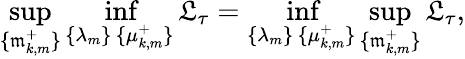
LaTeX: \operatorname*{sup}_{\{ \mathfrak{m}_{k,m}^{+}\} }\operatorname*{inf}_{\substack{\{ \lambda_{m}\} \, \{ \mu_{k,m}^{+}\} }}\mathfrak{L}_{\tau}=\operatorname*{inf}_{\substack{\{ \lambda_{m}\} \, \{ \mu_{k,m}^{+}\} }}\operatorname*{sup}_{\{ \mathfrak{m}_{k,m}^{+}\} }\mathfrak{L}_{\tau},